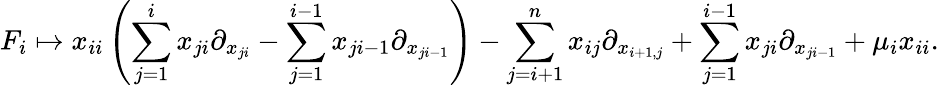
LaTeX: F_{i}\mapsto x_{ii}\left(\sum_{j=1}^{i}x_{ji}\partial_{x_{ji}}-\sum_{j=1}^{i-1}x_{ji-1}\partial_{x_{ji-1}}\right)-\sum_{j=i+1}^{n}x_{ij}\partial_{x_{i+1,j}}+\sum_{j=1}^{i-1}x_{ji}\partial_{x_{ji-1}}+\mu_{i}x_{ii}.